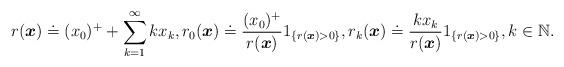
LaTeX: \begin{align*}r({\boldsymbol{x}})\doteq (x_{0})^{+}+\sum_{k=1}^{\infty }kx_{k},r_{0}({\boldsymbol{x}})\doteq \frac{(x_{0})^{+}}{r({\boldsymbol{x}})}{{1}}_{\{r({\boldsymbol{x}})>0\}},r_{k}({\boldsymbol{x}})\doteq \frac{kx_{k}}{r({\boldsymbol{x}})}{{1}}_{\{r({\boldsymbol{x}})>0\}},k\in \mathbb{N}. \end{align*}